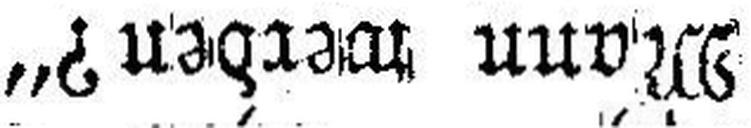
Mann werden?“